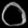
Digit: ၀